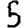
Digit: 5